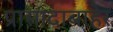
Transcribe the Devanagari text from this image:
प्रासादाबाहेर